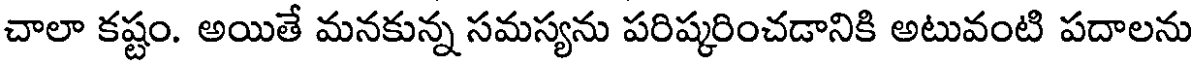
చాలా కష్టం. అయితే మనకున్న సమస్యను పరిష్కరించడానికి అటువంటి పదాలను